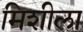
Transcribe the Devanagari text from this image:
मिशीला